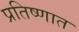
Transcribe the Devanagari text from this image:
प्रतिष्णात